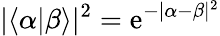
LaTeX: |\langle\alpha|\beta\rangle|^{2}=\mathrm{e}^{-|\alpha-\beta|^{2}}